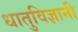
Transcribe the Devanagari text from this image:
धातुविज्ञानी